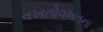
વખતોવખતના